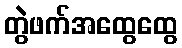
တွဲဖက်အထွေထွေ